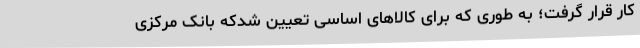
کار قرار گرفت؛ به طوری که برای کالاهای اساسی تعیین شدکه بانک مرکزی